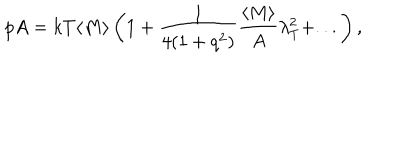
LaTeX: p A = k T \langle M \rangle \left( 1 + \frac { 1 } { 4 ( 1 + q ^ { 2 } ) } \frac { \langle M \rangle } { A } \lambda _ { T } ^ { 2 } + . . . \right) ,